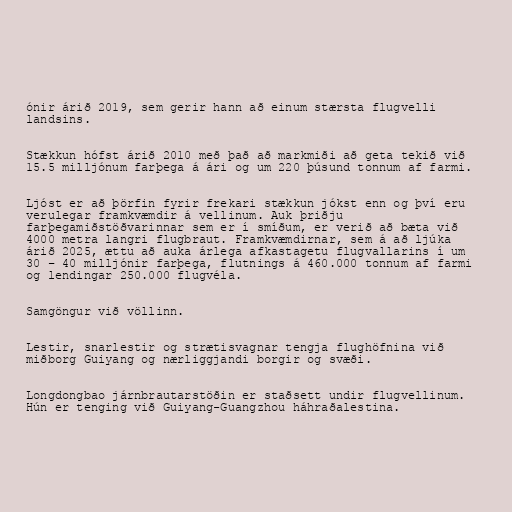
ónir árið 2019, sem gerir hann að einum stærsta flugvelli
landsins.

Stækkun hófst árið 2010 með það að markmiði að geta tekið við
15.5 milljónum farþega á ári og um 220 þúsund tonnum af farmi.

Ljóst er að þörfin fyrir frekari stækkun jókst enn og því eru
verulegar framkvæmdir á vellinum. Auk þriðju
farþegamiðstöðvarinnar sem er í smíðum, er verið að bæta við
4000 metra langri flugbraut. Framkvæmdirnar, sem á að ljúka
árið 2025, ættu að auka árlega afkastagetu flugvallarins í um
30 – 40 milljónir farþega, flutnings á 460.000 tonnum af farmi
og lendingar 250.000 flugvéla.

Samgöngur við völlinn.

Lestir, snarlestir og strætisvagnar tengja flughöfnina við
miðborg Guiyang og nærliggjandi borgir og svæði.

Longdongbao járnbrautarstöðin er staðsett undir flugvellinum.
Hún er tenging við Guiyang-Guangzhou háhraðalestina.